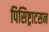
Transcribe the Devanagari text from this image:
पिसिष्ट्राटसन